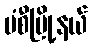
မံစီမြို့နယ်